Vaccination in the Punjab 1897-1904 - 1897-1904
Year: 1897
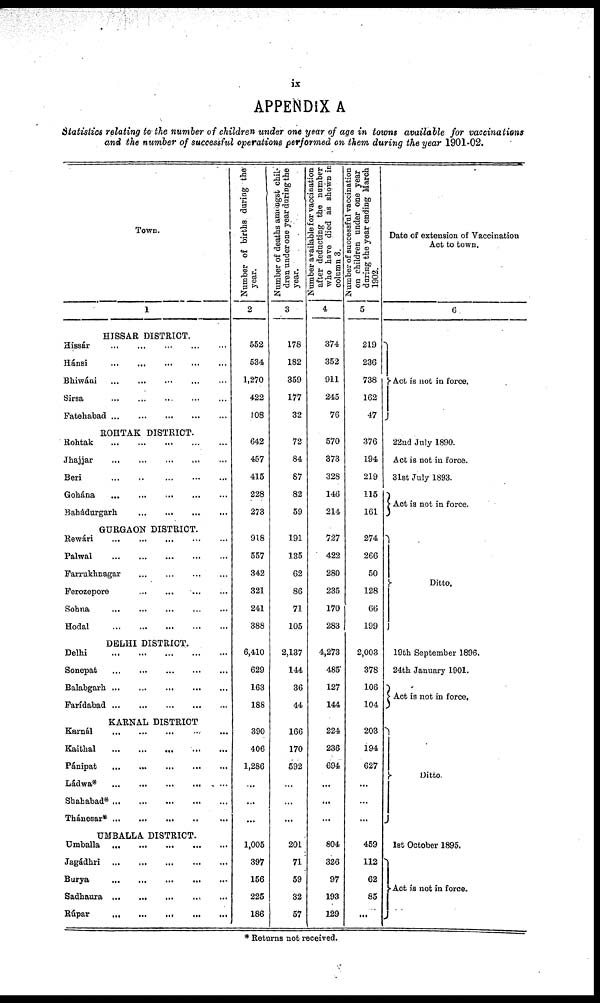
ix
APPENDIX A
Statistics relating to the number of children under one year of age in towns available for vaccinations
and the number of successful operations performed on them during the year 1901-02.
Town.
1
HISSAR DISTRICT.
Hissár
...
...
...
...
...
Hánsi
...
...
...
...
...
Bhiwáni
...
...
...
...
...
Sirsa
...
...
...
...
...
Fatehabad
...
...
...
...
...
ROHTAK DISTRICT.
Rohtak
...
...
...
...
...
Jhajjar
...
...
...
...
...
Beri
...
...
...
...
...
Gohána ... ... ... ... ...
Bahádurgarh
...
...
...
...
...
GURGAON DISTRICT.
Rewári
...
...
...
...
...
Palwal
...
...
...
...
...
Farrukhnagar
...
...
...
...
...
Ferozepore
...
...
...
...
...
Sohua ... ... ... ... ...
Hodal
...
...
...
...
...
DELHI DISTRICT.
Delhi
...
...
...
...
...
Sonepat
...
...
...
...
...
Balabgarh
...
...
...
...
...
Farídabad
...
...
...
...
...
KARNAL DISTRICT
Karnál ... ... ... ... ...
Kaithal
...
...
...
...
...
Pánipat
...
...
...
...
...
Ládwa*
...
...
...
...
...
Shahabad*
...
...
...
...
...
Thánesar* ... ... ... ... ...
UMBALLA DISTRICT.
Umballa
...
...
...
...
...
Jagádhri
...
...
...
...
...
Burya
...
...
...
...
...
Sadhaura ... ... ... ... ...
Rúpar
...
...
...
...
...
Number of births during the
year.
2
552
534
1,270
422
108
642
457
415
228
273
918
557
342
321
241
388
6,410
629
163
188
390
406
1,286
...
...
...
1,005
397
156
225
186
Number of deaths amongst chil-
dren under one year during the
year.
3
178
182
359
177
32
72
84
87
82
59
191
135
62
86
71
105
2,137
144
36
44
166
170
592
...
...
...
201
71
59
32
57
Number available for vaccination
after deducting the number
who have died as shown in
column 3.
4
374
352
911
245
76
570
373
328
146
214
727
422
280
235
170
283
4,273
485
127
144
224
236
694
...
...
...
804
326
97
193
129
Number of successful vaccination
on children under one year
during the year ending March
1902.
5
219
236
738
162
47
376
194
219
115
161
274
266
50
128
66
199
2,003
378
106
104
203
194
627
...
...
...
459
112
62
85
...
Date of extension of Vaccination
Act to town.
6
Act is not in force.
22ud July 1890.
Act is not in force.
31st July 1893.
Act is not in force.
Ditto.
19th September 1896.
24th January 1901.
Act is not in force.
Ditto.
1st October 1895.
Act is not in force.
* Returns not received.